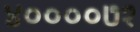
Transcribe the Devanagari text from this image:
४००००७१